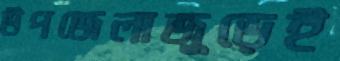
উপজেলাজুড়েই